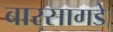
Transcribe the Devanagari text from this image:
बारसागडे